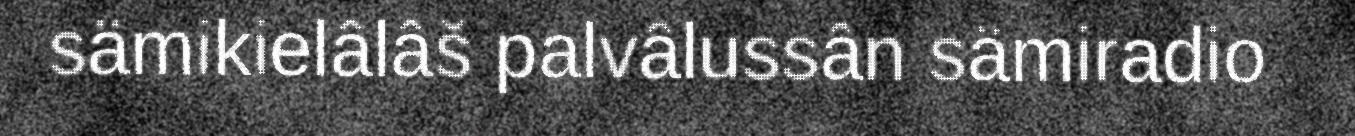
sämikielâlâš palvâlussân sämiradio